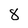
Character: 8